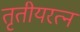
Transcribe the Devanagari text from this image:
तृतीयरत्न